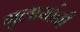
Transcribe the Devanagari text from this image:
गुलामांनी